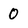
Character: 0